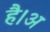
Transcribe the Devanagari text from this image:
है।अ